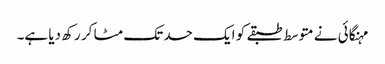
مہنگائی نے متوسط طبقے کو ایک حد تک مٹا کر رکھ دیا ہے۔